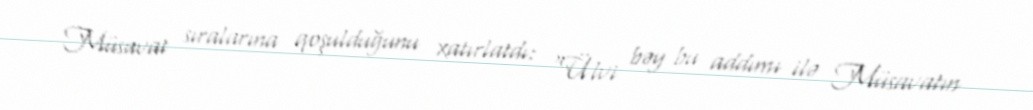
Müsavat sıralarına qoşulduğunu xatırlatdı: “Ülvi bəy bu addımı ilə Müsavatın